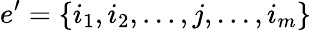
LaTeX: e^{\prime}=\{ i_{1},i_{2},...,j,...,i_{m}\}